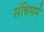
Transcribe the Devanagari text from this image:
संधिमर्म